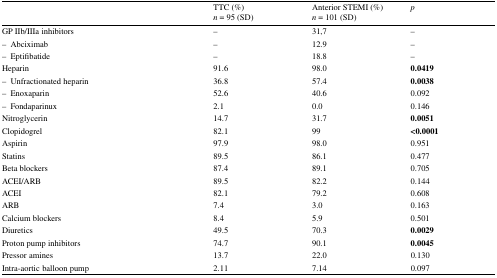
<table><thead><tr><td></td><td><b>TTC (%)<i>n</i> = 95 (SD)</b></td><td><b>Anterior STEMI (%)<i>n</i> = 101 (SD)</b></td><td><b><i>p</i></b></td></tr></thead><tbody><tr><td>GP IIb/IIIa inhibitors</td><td>–</td><td>31,7</td><td>–</td></tr><tr><td>– Abciximab</td><td>–</td><td>12.9</td><td>–</td></tr><tr><td>– Eptifibatide</td><td>–</td><td>18.8</td><td>–</td></tr><tr><td>Heparin</td><td>91.6</td><td>98.0</td><td><b>0.0419</b></td></tr><tr><td>– Unfractionated heparin</td><td>36.8</td><td>57.4</td><td><b>0.0038</b></td></tr><tr><td>– Enoxaparin</td><td>52.6</td><td>40.6</td><td>0.092</td></tr><tr><td>– Fondaparinux</td><td>2.1</td><td>0.0</td><td>0.146</td></tr><tr><td>Nitroglycerin</td><td>14.7</td><td>31.7</td><td><b>0.0051</b></td></tr><tr><td>Clopidogrel</td><td>82.1</td><td>99</td><td><b>&lt;0.0001</b></td></tr><tr><td>Aspirin</td><td>97.9</td><td>98.0</td><td>0.951</td></tr><tr><td>Statins</td><td>89.5</td><td>86.1</td><td>0.477</td></tr><tr><td>Beta blockers</td><td>87.4</td><td>89.1</td><td>0.705</td></tr><tr><td>ACEI/ARB</td><td>89.5</td><td>82.2</td><td>0.144</td></tr><tr><td>ACEI</td><td>82.1</td><td>79.2</td><td>0.608</td></tr><tr><td>ARB</td><td>7.4</td><td>3.0</td><td>0.163</td></tr><tr><td>Calcium blockers</td><td>8.4</td><td>5.9</td><td>0.501</td></tr><tr><td>Diuretics</td><td>49.5</td><td>70.3</td><td><b>0.0029</b></td></tr><tr><td>Proton pump inhibitors</td><td>74.7</td><td>90.1</td><td><b>0.0045</b></td></tr><tr><td>Pressor amines</td><td>13.7</td><td>22.0</td><td>0.130</td></tr><tr><td>Intra-aortic balloon pump</td><td>2.11</td><td>7.14</td><td>0.097</td></tr></tbody></table>